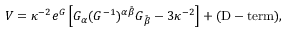
V = \kappa ^ { - 2 } e ^ { G } \left[ G _ { \alpha } ( G ^ { - 1 } ) ^ { \alpha \bar { \beta } } G _ { \bar { \beta } } - 3 \kappa ^ { - 2 } \right] + ( \mathrm { D - t e r m } ) ,